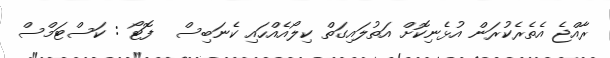
ރާއްޖެ އެތެރެކުރަން އުޅެނިކޮށް އަތުލައިގަތް ކިލޯއެއްހައި ކެނަބިސް  ފޮޓޯ : ކަސްޓަމްސް